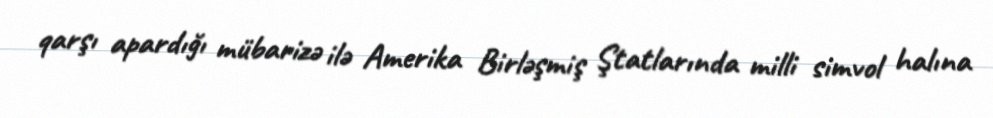
qarşı apardığı mübarizə ilə Amerika Birləşmiş Ştatlarında milli simvol halına